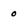
Character: 0